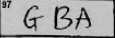
Transcription: GBA